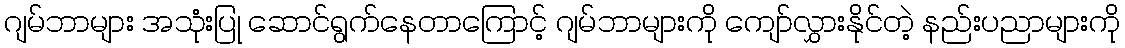
ဂျမ်ဘာများ အသုံးပြု ဆောင်ရွက်နေတာကြောင့် ဂျမ်ဘာများကို ကျော်လွှားနိုင်တဲ့ နည်းပညာများကို